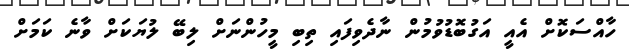
ހާއްސަކޮށް އެއީ އަގުބޮޑުވުމުން ނާދެވިފައި ތިބި މީހުންނަށް ލިބޭ ލުޔަކަށް ވާނެ ކަމަށް